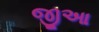
જીઆ